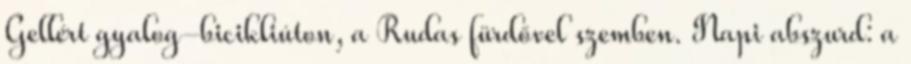
Gellért gyalog-bicikliúton, a Rudas fürdővel szemben. Napi abszurd: a